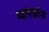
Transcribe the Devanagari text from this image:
ग्वांगझोऊ